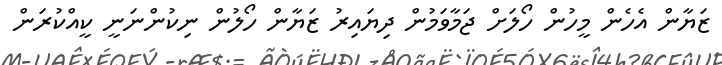
ޒަޔާން އެހެން މީހުން ހޯލަށް ޖަމާވަމުން ދިޔައިރު ޒަޔާން ހޯލުން ނިކުންނަނީ ކީއްކުރަން